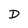
Character: D